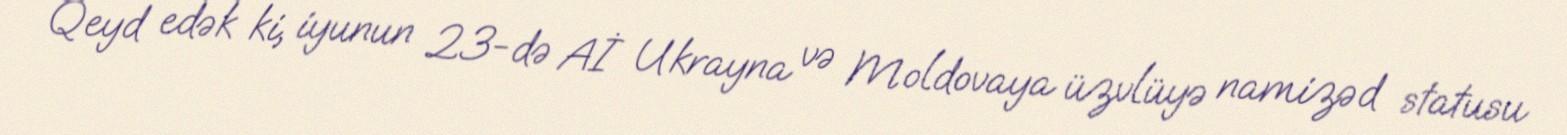
Qeyd edək ki, iyunun 23-də Aİ Ukrayna və Moldovaya üzvlüyə namizəd statusu